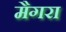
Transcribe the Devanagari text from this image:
मैगरा